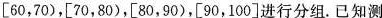
[60，70)，[70，80)，[80，90)，[90，100]进行分组。已知测